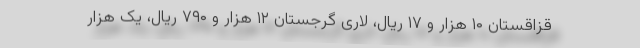
قزاقستان ۱۰ هزار و ۱۷ ریال، لاری گرجستان ۱۲ هزار و ۷۹۰ ریال، یک هزار